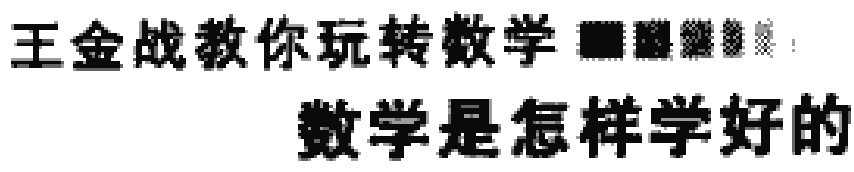
王金战教你玩转数学 数学是怎样学好的